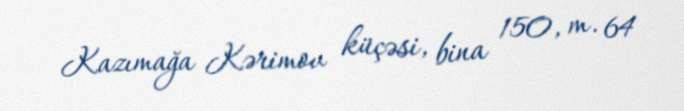
Kazımağa Kərimov küçəsi, bina 150, m. 64